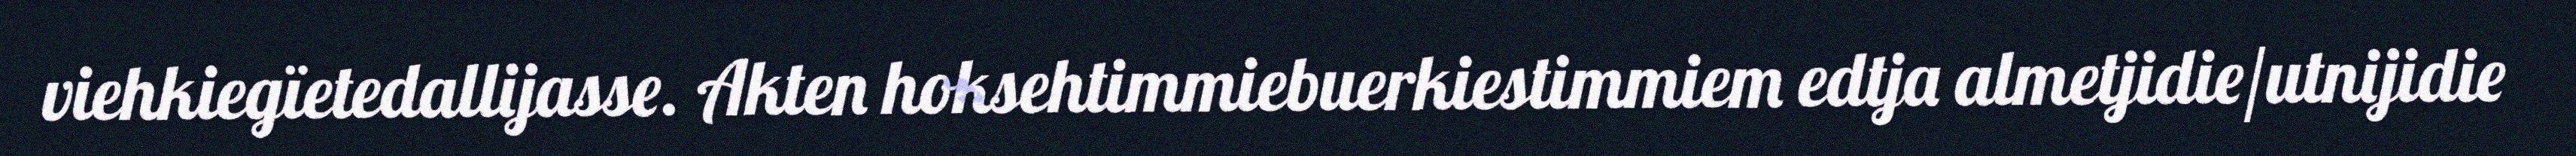
viehkiegïetedallijasse. Akten hoksehtimmiebuerkiestimmiem edtja almetjidie/utnijidie